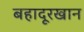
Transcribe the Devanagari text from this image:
बहादूरखान